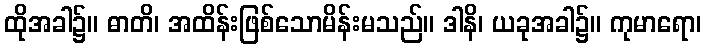
ထိုအခါ၌။ ဓာတိ၊ အထိန်းဖြစ်သောမိန်းမသည်။ ဒါနိ၊ ယခုအခါ၌။ ကုမာရော၊